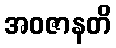
အဝဇာနတိ